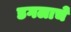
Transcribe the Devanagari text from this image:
डगलाचे